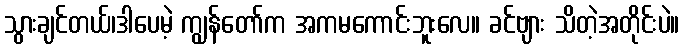
သွားချင်တယ်၊ဒါပေမဲ့ ကျွန်တော်က အကမကောင်းဘူးလေ။ ခင်ဗျား သိတဲ့အတိုင်းပဲ။